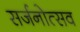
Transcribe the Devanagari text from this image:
सर्जनोत्सव